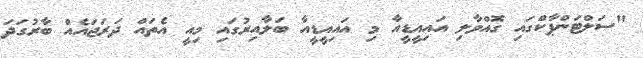
"ސަލްޓަންޕާކްގައި ގޮއްވާލި އައިއީޑީއާ މި އައިއީޑީއާ ބަލާއިރުގައި މިއީ އެތައް ދަރަޖައެއް ބާރުގަދަ